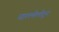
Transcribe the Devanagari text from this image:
घालमेलीतून